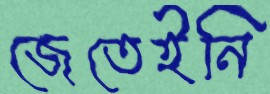
জেতেইনি